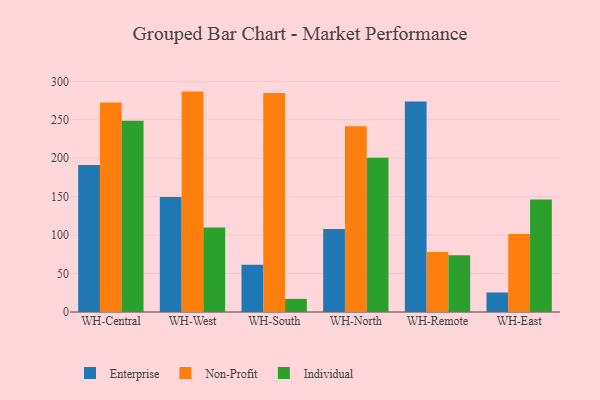
{"axis": {"x": "Warehouse", "y": "Tickets Resolved"}, "legend": ["Enterprise", "Individual", "Non-Profit"], "data": [{"x": "WH-Central", "y": 191.0, "type": "Enterprise"}, {"x": "WH-Central", "y": 272.5, "type": "Non-Profit"}, {"x": "WH-Central", "y": 248.7, "type": "Individual"}, {"x": "WH-West", "y": 149.5, "type": "Enterprise"}, {"x": "WH-West", "y": 286.6, "type": "Non-Profit"}, {"x": "WH-West", "y": 109.8, "type": "Individual"}, {"x": "WH-South", "y": 61.3, "type": "Enterprise"}, {"x": "WH-South", "y": 284.8, "type": "Non-Profit"}, {"x": "WH-South", "y": 17.1, "type": "Individual"}, {"x": "WH-North", "y": 107.9, "type": "Enterprise"}, {"x": "WH-North", "y": 241.7, "type": "Non-Profit"}, {"x": "WH-North", "y": 200.7, "type": "Individual"}, {"x": "WH-Remote", "y": 273.8, "type": "Enterprise"}, {"x": "WH-Remote", "y": 78.1, "type": "Non-Profit"}, {"x": "WH-Remote", "y": 73.8, "type": "Individual"}, {"x": "WH-East", "y": 25.4, "type": "Enterprise"}, {"x": "WH-East", "y": 101.4, "type": "Non-Profit"}, {"x": "WH-East", "y": 146.4, "type": "Individual"}]}